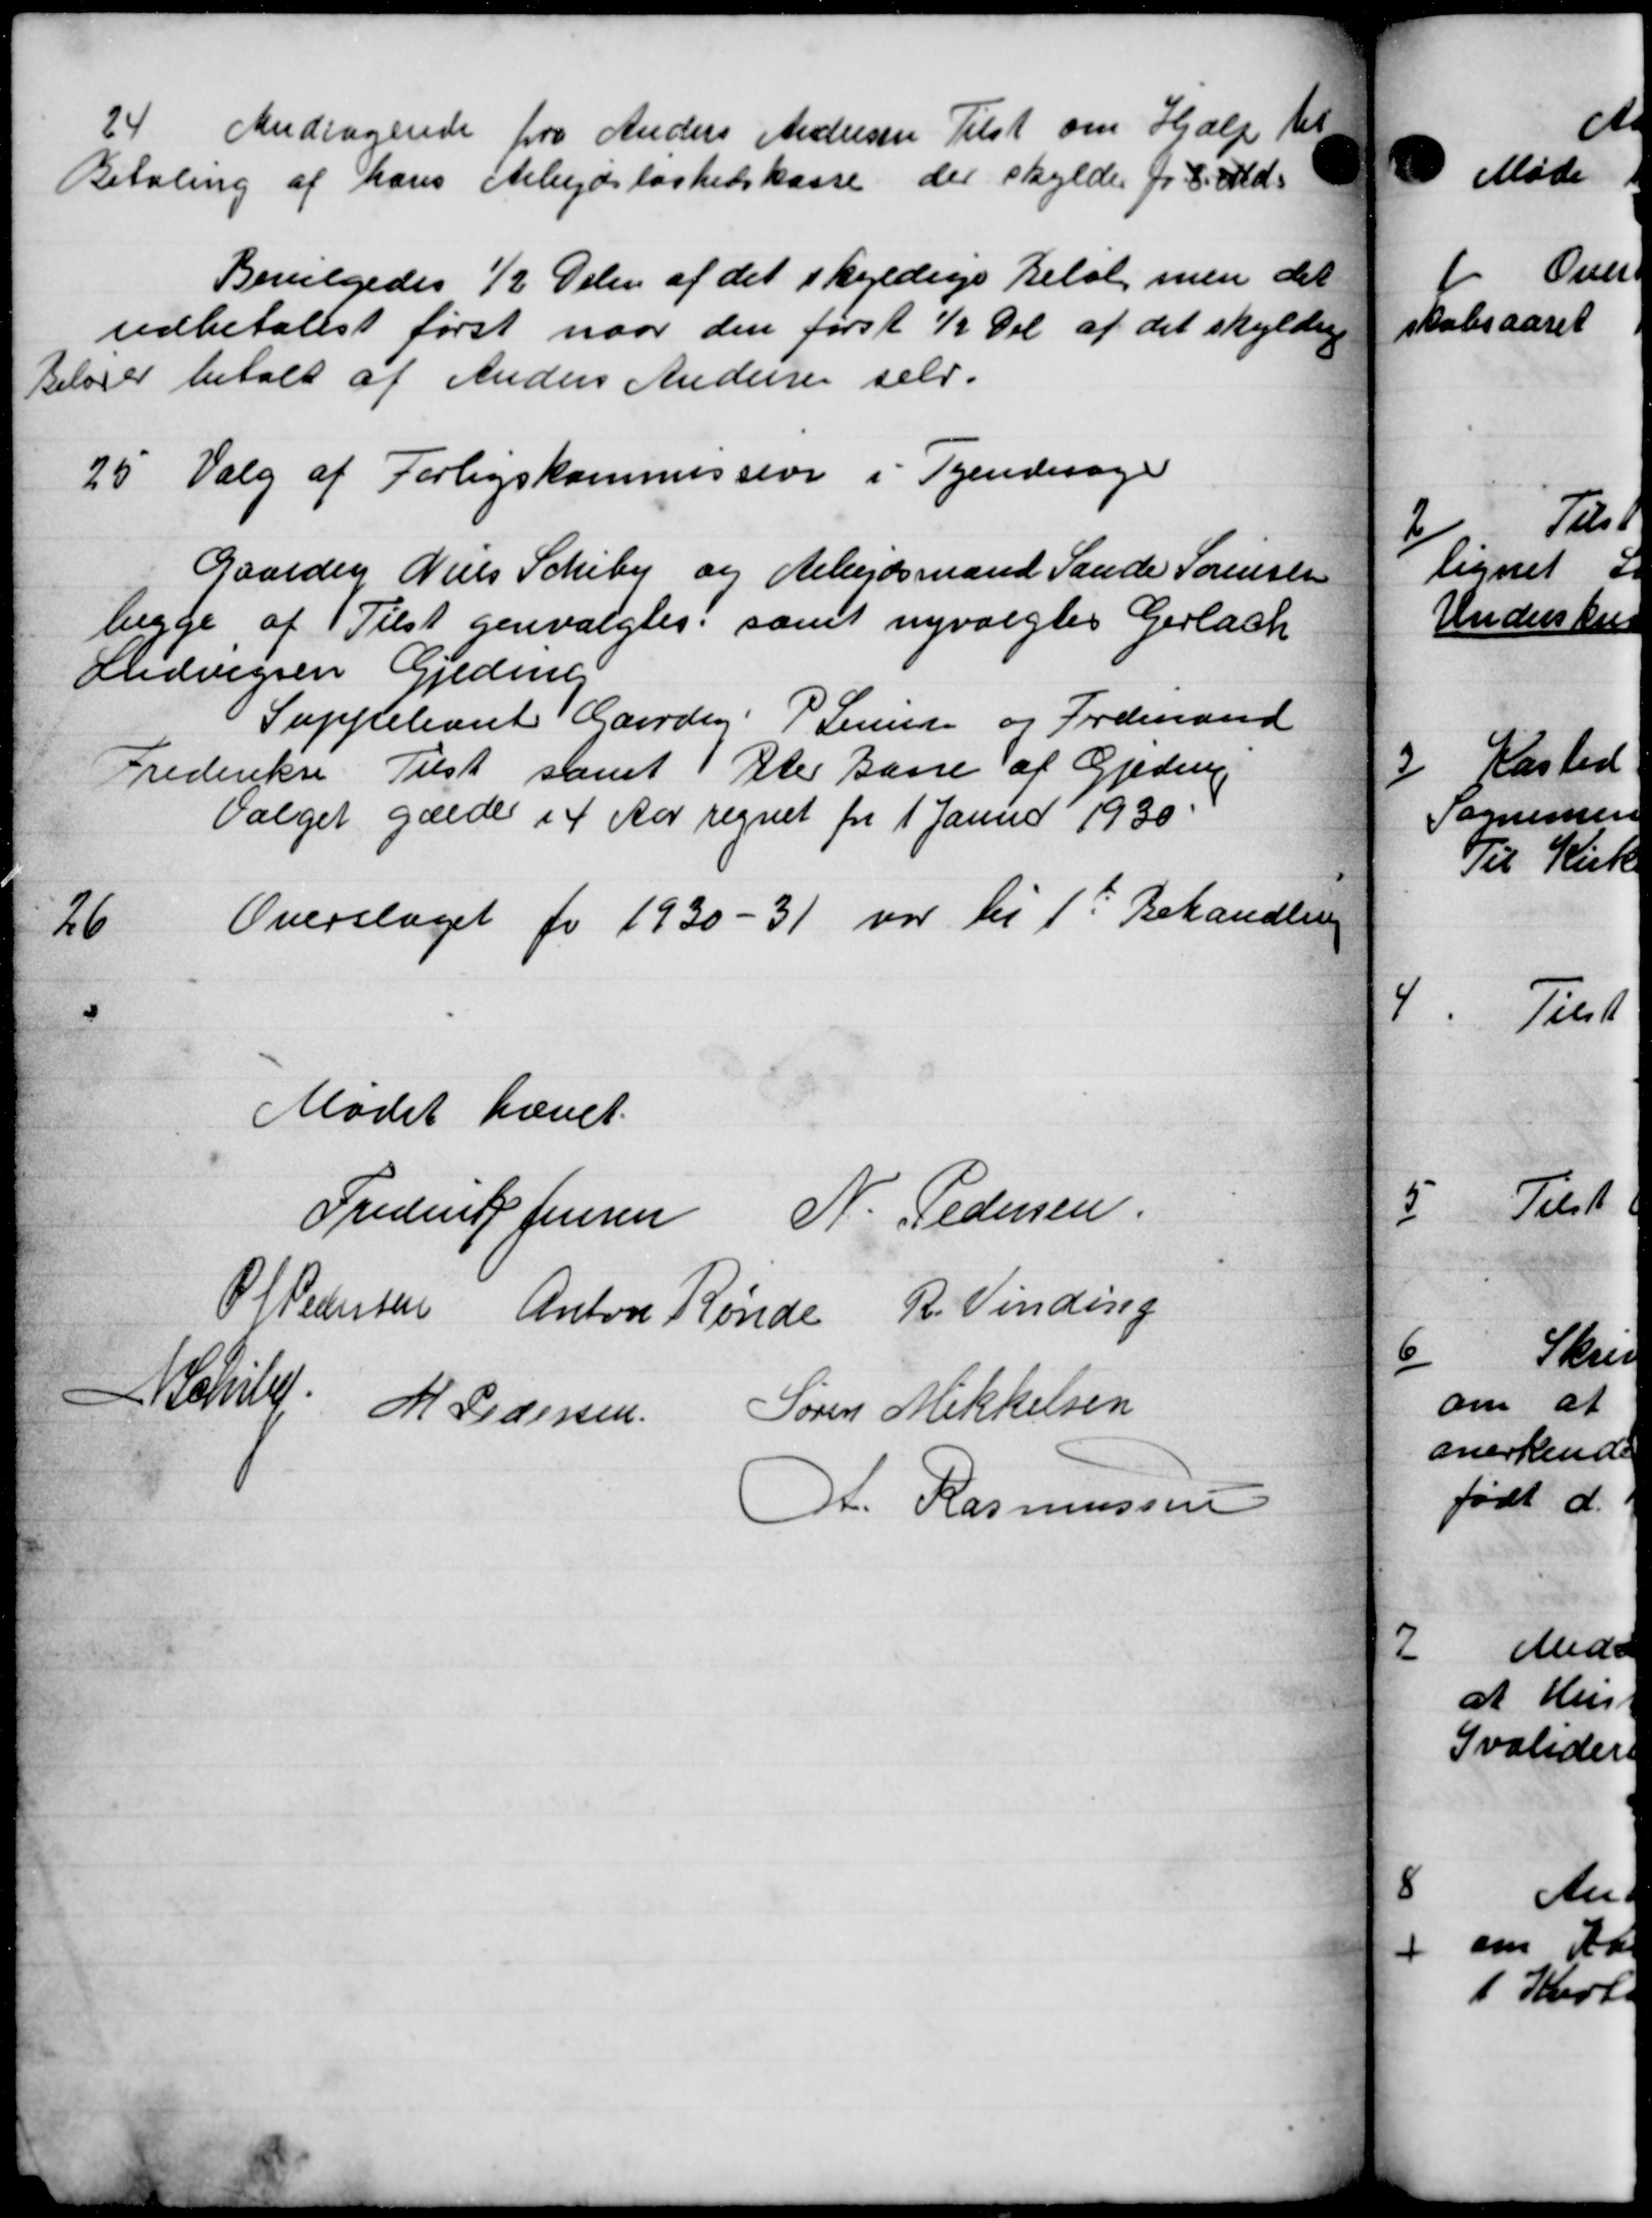
Transskription:
24. Andragende fra Anders Andersen Tilst om Hjælp til
Betaling af hans Arbejdsløshedskasse der skylder pr. 8. Md.
Bevilgedes ½ Delen af det skyldige Beløb men det
udbetalest først naar den først ½ Del af det skyldig
Beløber betalt af Anders Andersen selv.
25. Valg af Forligskommission i Tyendesager
Gaardej Niels Schiby og Arbejdsmand Sande Sørensen
begge af Tilst genvalgtes, samt nyvalgtes Gerlach
Ludvigsen Gjederik
Suppleant Gaardej P Jensen og Tordmand
Frederiksen Tilst samt Peter Bane af Gjeden
Valget gælde i 4 Aar regnet fra 1 Januar 1930.
26
Overslaget for 1930-31 var til 1st Behandling
Mødet hævet.
Frederik Jensen N. Pedersen.
P Pedersen Anton Rønde R. Vinding
. Schie M. Pedersen Søren Mikkelsen
A. Rasmussen